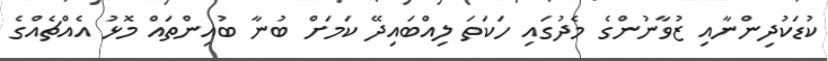
ކުޑަކުދިންނާއި ޒުވާނުންގެ މެދުގައި ހަކަތަ ލިއްބައިދޭ ކަމަށް ބުނާ ބުއިންތައް މޮޅު އެއްޗެއްގެ